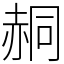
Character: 䞒